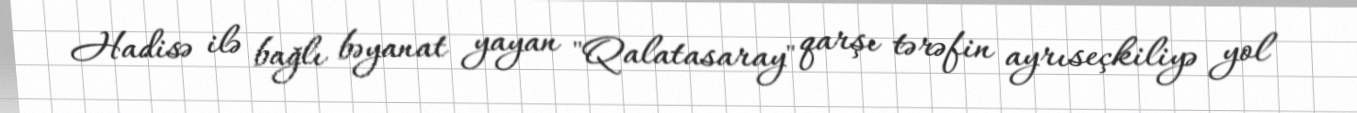
Hadisə ilə bağlı bəyanat yayan "Qalatasaray" qarşı tərəfin ayrıseçkiliyə yol